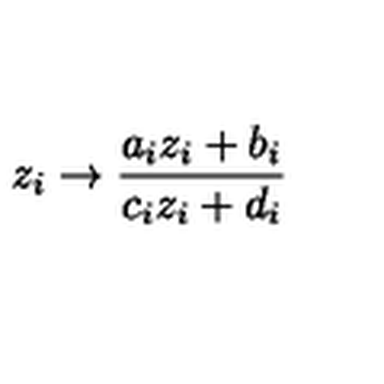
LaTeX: z _ { i } \rightarrow \frac { a _ { i } z _ { i } + b _ { i } } { c _ { i } z _ { i } + d _ { i } }